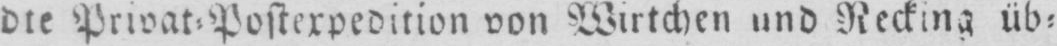
die Privat⸗Postexpedition von Wirtchen und Necking üb⸗